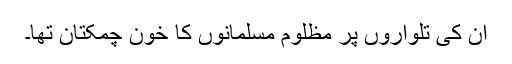
ان کی تلواروں پر مظلوم مسلمانوں کا خون چمکتان تھا۔